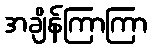
အချိန်ကြာကြာ